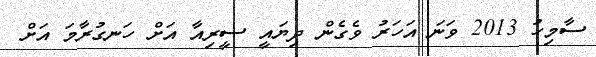
ސާމިހު 2013 ވަނަ އަހަރު ވެގެން ދިޔައީ ސީރިއާ އަށް ހަނގުރާމަ އަށް